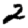
Digit: 2